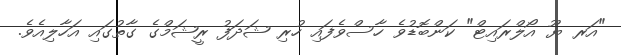
"އަރ ޔޫ އޯލްރައިޓް" ކަންބޮޑުވެ ހާސްވެފައި ހުރި ޝަދަފު ރީޝަމްގެ ގާތުގައި އަހާލިއެވެ.